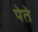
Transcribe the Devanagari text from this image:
पेते